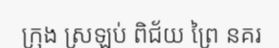
ក្រុង ស្រឡប់ ពិជ័យ ព្រៃ នគរ